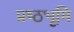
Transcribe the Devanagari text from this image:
प्रष्‍ठभूमि